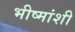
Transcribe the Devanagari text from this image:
भीष्मांशी